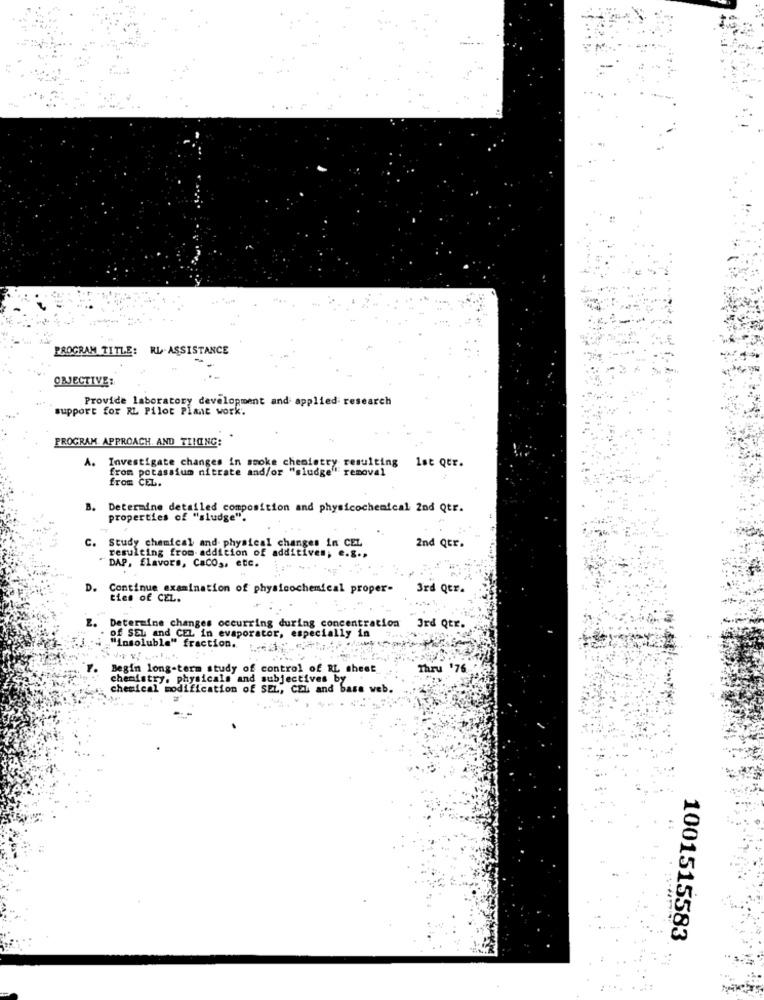
PROGRAM TITLE: RL-ASSISTANCE
OBJECTIVE:
Provide laboratory development and applied research
support for RL Pilot Plant work.
PROGRAM APPROACH, AND TIHOING:
A. Investigate changes in smoke chemistry resulting lst Qtr.
from potassium nitrate and/or "sludge" removal
from CEL.
B.
Determine detailed composition and physicochemical 2nd Qtr.
properties of "sludge".
C. Study chemical and physical changes in CEL
resulting from addition of additives, e.g ..
2nd Qtr.
DAP, flavors, Cacos, etc.
D. Continue examination of physicochemical proper-
3rd Qtr.
ties of CEL.
E. Determine changes occurring during concentration
of SEL and CEL in evaporator, especially in
3rd Qtr
"insoluble" fraction.
Begin long-term study of control of RL sheet
Thru '76
chemistry, physicals and subjectives by
chemical modification of SEL, CEL and bass web.
1001515583